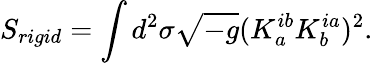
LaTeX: S_{rigid}=\int d^{2}\sigma\sqrt{-g}(K_{a}^{ib}K_{b}^{ia})^{2}.